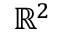
\mathbb { R } ^ { 2 }